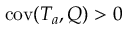
\mathrm { c o v } ( T _ { a } , Q ) > 0